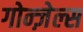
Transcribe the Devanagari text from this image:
गोन्ज़ेल्स